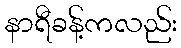
နာရီခန့်ကလည်း